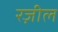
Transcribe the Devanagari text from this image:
रज़ील